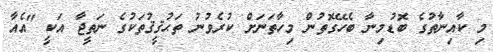
މި ކާއިނާތުގެ ބޮޑުމިނާ ބެހޭގޮތުން މިހާތަނަށް ކުރެވުނު ތަޙުޤީޤުތަކުގެ ނަތީޖާ އަކީ "އެއާ